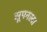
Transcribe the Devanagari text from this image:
सूपनखा